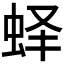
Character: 𰲵